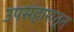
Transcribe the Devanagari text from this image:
उपसंहारातून